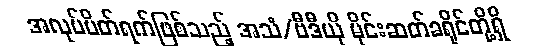
အလုပ်ပိတ်ရက်ဖြစ်သည့် အသံ/ဗီဒီယို မိုင်းဆတ်ခရိုင်တို့ရှိ